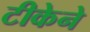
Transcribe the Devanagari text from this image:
टीकेने